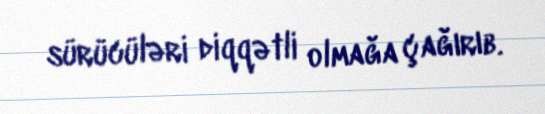
sürücüləri diqqətli olmağa çağırıb.